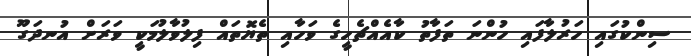
ސިންކުގައި ހަރުލާފައި ހުންނަ ތަފާތު ކާއެއްޗެހީގެ ވަހާއި ތެޔޮތައް ފިލުވާލުމަކީ ވަރަށް އުނދަގޫ